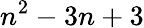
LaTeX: n^{2}-3n+3